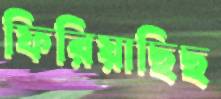
ফিরিয়াছিছ